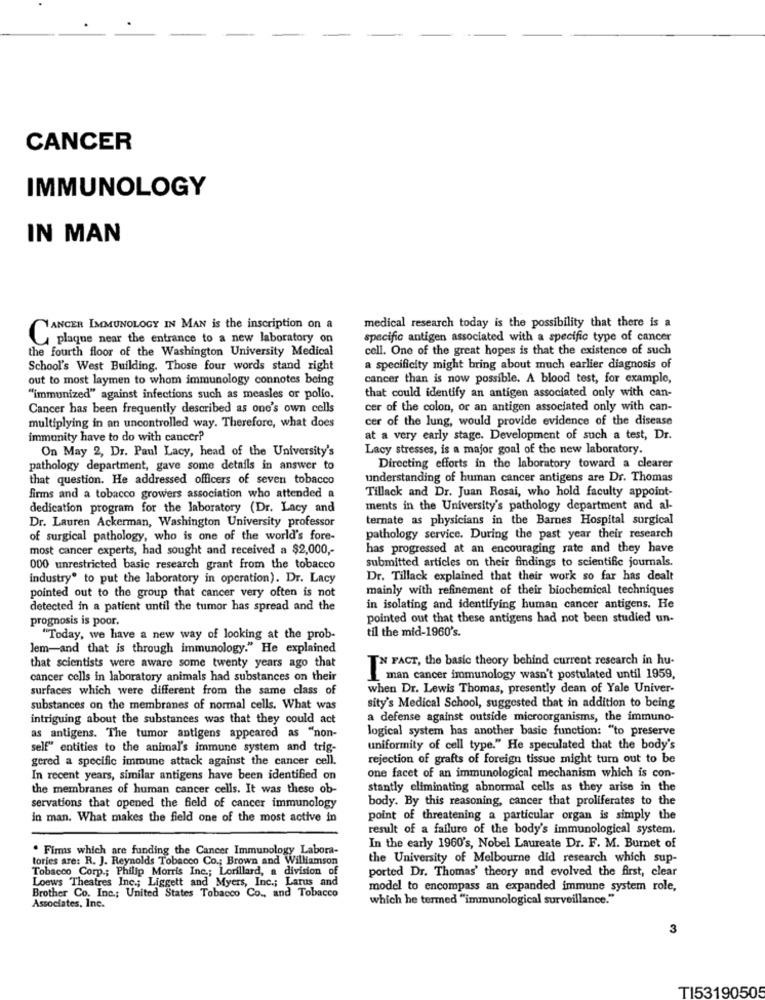
CANCER
IMMUNOLOGY
IN MAN
medical research today is the possibility that there is a
YANCER IMMUNOLOGY IN MAN is the inscription on a
plaque near the entrance to a new laboratory on
specific antigen associated with a specific type of cancer
the fourth floor of the Washington University Medical
cell. One of the great hopes is that the existence of such
School's West Building. Those four words stand right
a specificity might bring about much earlier diagnosis of
out to most laymen to whom immunology connotes being
cancer than is now possible. A blood test, for example,
"immunized" against infections such as measles or pollo.
that could identify an antigen associated only with can-
Cancer has been frequently described as one's own cells
cer of the colon, or an antigen associated only with can-
cer of the lung, would provide evidence of the disease
multiplying in an uncontrolled way. Therefore, what does
immunity have to do with cancer?
at a very early stage. Development of such a test, Dr.
On May 2, Dr. Paul Lacy, head of the University's
Lacy stresses, is a major goal of the new laboratory.
pathology department, gave some details in answer to
Directing efforts in the laboratory toward a clearer
that question. He addressed officers of seven tobacco
understanding of human cancer antigens are Dr. Thomas
Tillack and Dr. Juan Rosai, who hold faculty appoint-
firms and a tobacco growers association who attended a
dedication program for the laboratory (Dr. Lacy and
ments in the University's pathology department and al-
Dr. Lauren Ackerman, Washington University professor
ternate as physicians in the Barnes Hospital surgical
of surgical pathology, who is one of the world's fore-
pathology service. During the past year their research
most cancer experts, had sought and received a $2,000 ,-
has progressed at an encouraging rate and they have
submitted articles on their findings to scientific journals.
000 unrestricted basic research grant from the tobacco
industry" to put the laboratory in operation). Dr. Lacy
Dr. Tillack explained that their work so far has dealt
pointed out to the group that cancer very often is not
mainly with refinement of their biochemical techniques
detected in a patient until the tumor has spread and the
in isolating and identifying human cancer antigens. He
prognosis is poor.
pointed out that these antigens had not been studied un-
til the mid-1960's.
"Today, we have a new way of looking at the prob-
Jem-and that is through immunology." He explained
that scientists were aware some twenty years ago that
IN FACT, the basic theory behind current research in hu-
cancer cells in laboratory animals had substances on their
man cancer immunology wasn't postulated until 1959,
surfaces which were different from the same class of
when Dr. Lewis Thomas, presently dean of Yale Univer-
substances on the membranes of normal cells. What was
sity's Medical School, suggested that in addition to being
intriguing about the substances was that they could act
a defense against outside microorganisms, the immuno-
logical system has another basic function: "to preserve
as antigens. The tumor antigens appeared as "non-
self" entities to the animal's immune system and trig-
uniformity of cell type." He speculated that the body's
gered a specific immune attack against the cancer cell.
rejection of grafts of foreign tissue might turn out to be
In recent years, similar antigens have been identified on
one facet of an immunological mechanism which is con-
the membranes of human cancer cells. It was these ob-
stantly eliminating abnormal cells as they arise in the
body. By this reasoning, cancer that proliferates to the
servations that opened the field of cancer immunology
in man. What makes the field one of the most active in
point of threatening a particular organ is simply the
result of a failure of the body's immunological system.
. Firms which are funding the Cancer Immunology Labora-
In the early 1960's, Nobel Laureate Dr. F. M. Burnet of
tories are: R. J. Reynolds Tobacco Co .; Brown and Williamson
the University of Melbourne did research which sup-
Tobacco Corp .; Philip Morris Inc .; Lorillard, a division of
Loews Theatres Inc .; Liggett and Myers, Inc .; Larus and
ported Dr. Thomas' theory and evolved the first, clear
model to encompass an expanded immune system role,
Brother Co. Inc .; United States Tobacco Co ., and Tobacco
which he termed "immunological surveillance."
Associates, Inc.
3
TI5319050